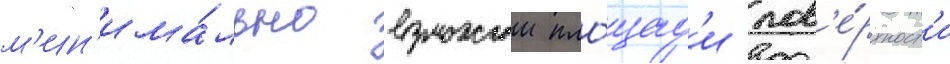
м'ин'има́льно возможнои пло́щад'и пов'е́рхност'и